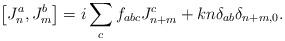
LaTeX: \begin{align*}\left[ J^a_n, J^b_m \right] = i \sum\limits_c f_{abc} J^c_{n+m} + k n \delta_{a b} \delta_{n+m,0}.\end{align*}